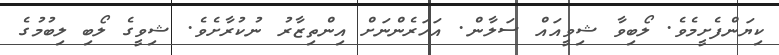
ކިޔަންފެށީމެވެ. ލޯބިވާ ޝިވީއައް ސަލާން. އަހަރެންނަށް އިންތިޒާރު ނުކުރާށެވެ. ޝިވީގެ ލޯބި ލިބުމުގެ